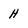
Character: H